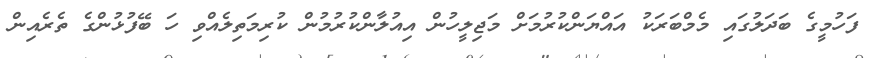
ފަހުމީގެ ބަދަލުގައި މެމްބަރަކު އައްޔަންކުރުމަށް މަޖިލީހުން އިއުލާންކުރުމުން ކުރިމަތިލެއްވި ހަ ބޭފުޅުންގެ ތެރެއިން